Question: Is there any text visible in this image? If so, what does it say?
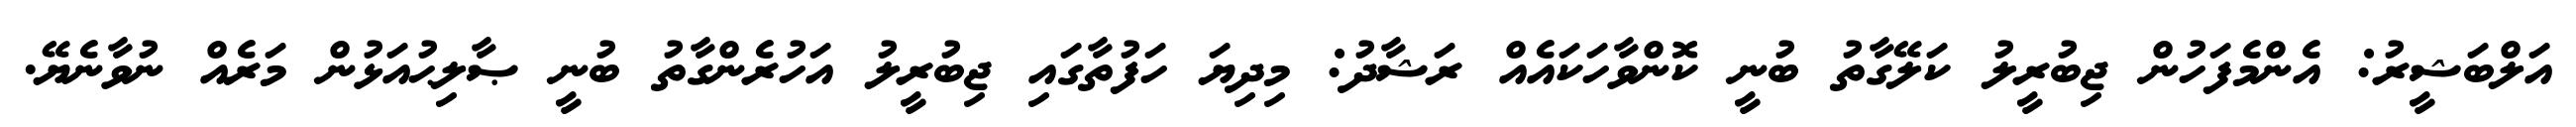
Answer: އަލްބަޝީރު: އެންމެފަހުން ޖިބުރީލު ކަލޭގާތު ބުނީ ކޮންވާހަކައެއް ރަޝާދު: މިދިޔަ ހަފުތާގައި ޖިބުރީލު އަހުރެންގާތު ބުނީ ޞާލިޙުއަޅުން މަރެއް ނުވާނެޔޭ.